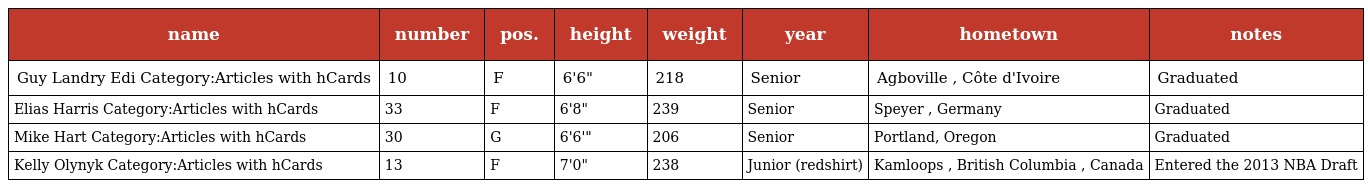
| name | number | pos. | height | weight | year | hometown | notes |
 | --- | --- | --- | --- | --- | --- | --- | --- |
 | Guy Landry Edi Category:Articles with hCards | 10 | F | 6'6" | 218 | Senior | Agboville , Côte d'Ivoire | Graduated |
 | Elias Harris Category:Articles with hCards | 33 | F | 6'8" | 239 | Senior | Speyer , Germany | Graduated |
 | Mike Hart Category:Articles with hCards | 30 | G | 6'6'" | 206 | Senior | Portland, Oregon | Graduated |
 | Kelly Olynyk Category:Articles with hCards | 13 | F | 7'0" | 238 | Junior (redshirt) | Kamloops , British Columbia , Canada | Entered the 2013 NBA Draft |